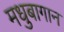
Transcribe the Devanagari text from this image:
मधुबागान